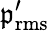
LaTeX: \mathfrak{p}_{\mathrm{{rms}}}^{\prime}